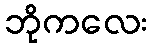
ဘိုကလေး